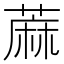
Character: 蔴